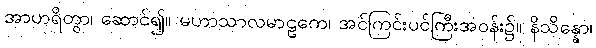
အာဟရိတွာ၊ ဆောင်၍။ မဟာသာလမာဠကေ၊ အင်ကြင်းပင်ကြီးအဝန်း၌။ နိသိန္နော၊